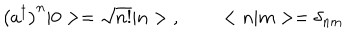
LaTeX: \left( a ^ { \dagger } \right) ^ { n } | 0 > = \sqrt { n ! } | n > \; , \; \; < n | m > = \delta _ { n m }